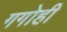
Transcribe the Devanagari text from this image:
गगोही